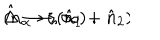
\hat { \Delta } \rightarrow \zeta ( \hat { n } _ { 1 } + \hat { n } _ { 2 } ) \hspace { 1 0 m m } ( n _ { \alpha } \rightarrow \infty ) \; .